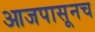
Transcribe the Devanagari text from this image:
आजपासूनच